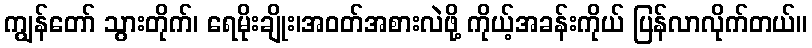
ကျွန်တော် သွားတိုက်၊ ရေမိုးချိုး၊အဝတ်အစားလဲဖို့ ကိုယ့်အခန်းကိုယ် ပြန်လာလိုက်တယ်။